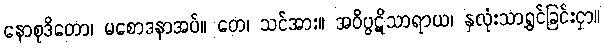
နောစုဒိတော၊ မစောဒနာအပ်။ တေ၊ သင်အား။ အဝိပ္ပဋိသာရာယ၊ နှလုံးသာရွှင်ခြင်းငှာ။